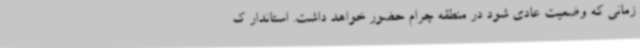
زمانی که وضعیت عادی شود در منطقه چرام حضور خواهد داشت. استاندار ک